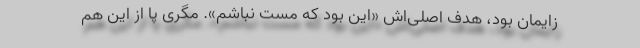
زایمان بود، هدف اصلی‌اش «این بود که مست نباشم». مگری پا از این هم